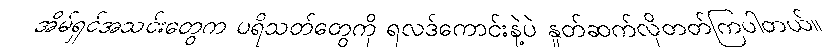
အိမ်ရှင်အသင်းတွေက ပရိသတ်တွေကို ရလဒ်ကောင်းနဲ့ပဲ နှုတ်ဆက်လိုတတ်ကြပါတယ်။